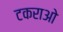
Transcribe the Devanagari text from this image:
टकराओ